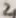
Text: 2